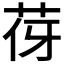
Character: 𦭿